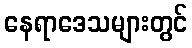
နေရာဒေသများတွင်